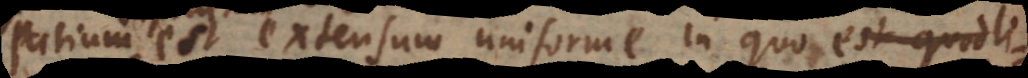
Spatium est extensum uniforme in quo est quodl